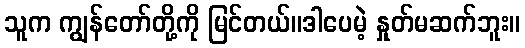
သူက ကျွန်တော်တို့ကို မြင်တယ်။ဒါပေမဲ့ နှုတ်မဆက်ဘူး။